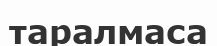
таралмаса